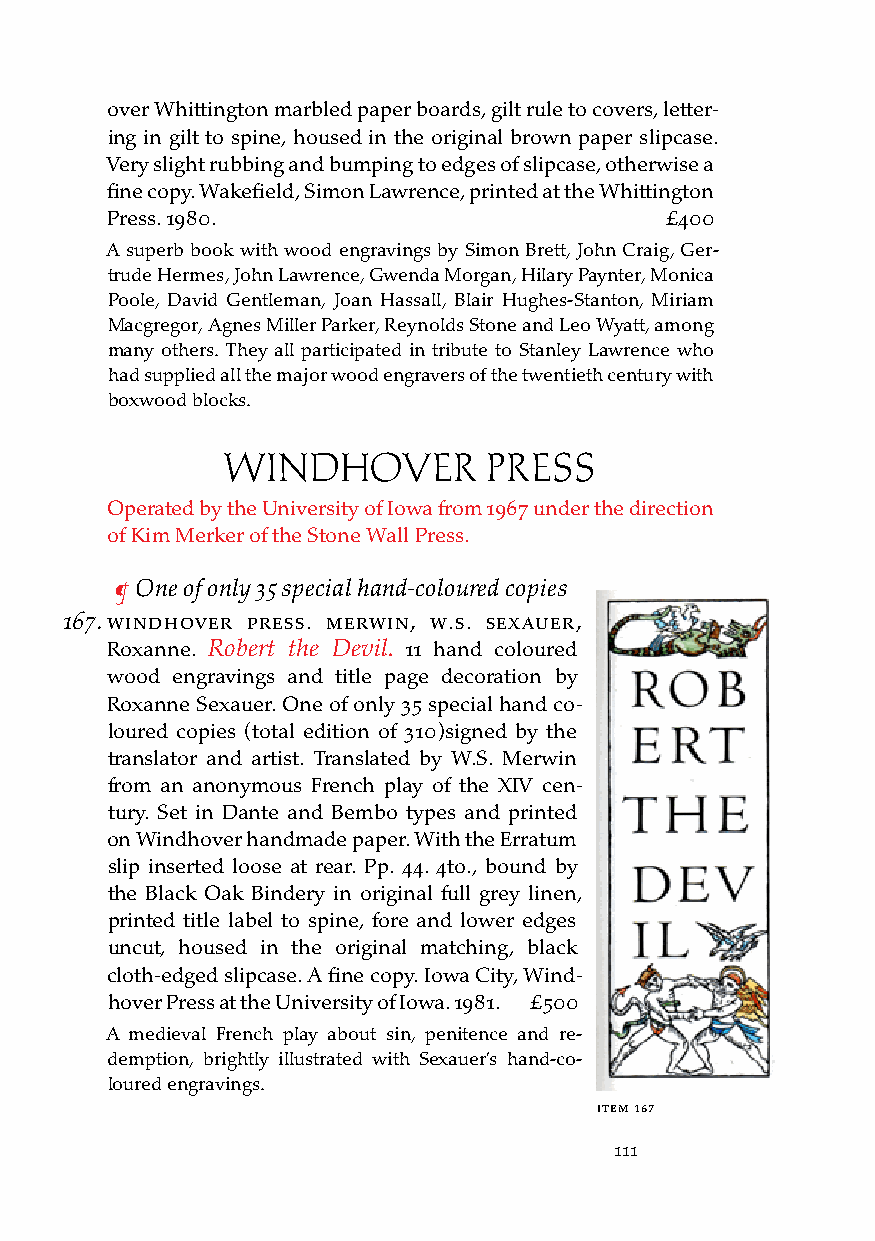
over Whittington marbled paper boards, gilt rule to covers, letter-
 ing in gilt to spine, housed in the original brown paper slipcase.
 Very slight rubbing and bumping to edges of slipcase, otherwise a
 fine copy. Wakefield, Simon Lawrence, printed at the Whittington
 Press. 1980.                         £400
 A superb book with wood engravings by Simon Brett, John Craig, Ger-
 trude Hermes, John Lawrence, Gwenda Morgan, Hilary Paynter, Monica
 Poole, David Gentleman, Joan Hassall, Blair Hughes-Stanton, Miriam
 Macgregor, Agnes Miller Parker, Reynolds Stone and Leo Wyatt, among
 many others. They all participated in tribute to Stanley Lawrence who
 had supplied all the major wood engravers of the twentieth century with
 boxwood blocks.
 WINDHOVER        PRESS
 Operated by the University of Iowa from 1967 under the direction
 of Kim Merker of the Stone Wall Press.
 ¶ One of only 35 special hand-coloured copies
 167. WindHover Press. MerWin, W.s. seXauer,
 Roxanne. Robert the Devil. 11 hand coloured
 wood engravings and title page decoration by
 Roxanne Sexauer. One of only 35 special hand co-
 loured copies (total edition of 310)signed by the
 translator and artist. Translated by W.S. Merwin
 from an anonymous French play of the XIV cen-
 tury. Set in Dante and Bembo types and printed
 on Windhover handmade paper. With the Erratum
 slip inserted loose at rear. Pp. 44. 4to., bound by
 the Black Oak Bindery in original full grey linen,
 printed title label to spine, fore and lower edges
 uncut, housed in the original matching, black
 cloth-edged slipcase. A fine copy. Iowa City, Wind-
 hover Press at the University of Iowa. 1981. £500
 A medieval French play about sin, penitence and re-
 demption, brightly illustrated with Sexauer’s hand-co-
 loured engravings.
 iteM 167
 111